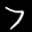
Label: 7